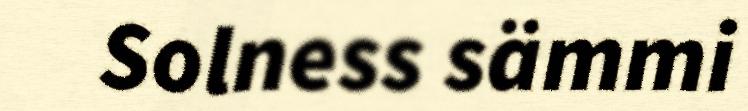
Solness sämmi